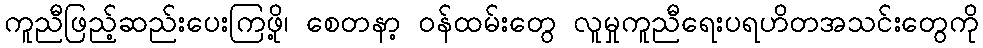
ကူညီဖြည့်ဆည်းပေးကြဖို့၊ စေတနာ့ ဝန်ထမ်းတွေ လူမှုကူညီရေးပရဟိတအသင်းတွေကို